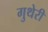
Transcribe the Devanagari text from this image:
गुथेरी